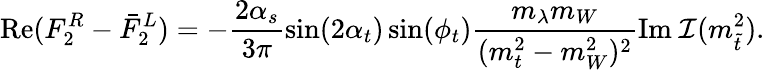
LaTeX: \mathrm{Re}(F_{2}^{R}-\bar{F}_{2}^{L})=-\frac{2\alpha_{s}}{3\pi}\sin(2\alpha_{t})\sin(\phi_{t})\frac{m_{\lambda}m_{W}}{(m_{t}^{2}-m_{W}^{2})^{2}}\mathrm{Im~}{\cal I}(m_{\tilde{t}}^{2}).